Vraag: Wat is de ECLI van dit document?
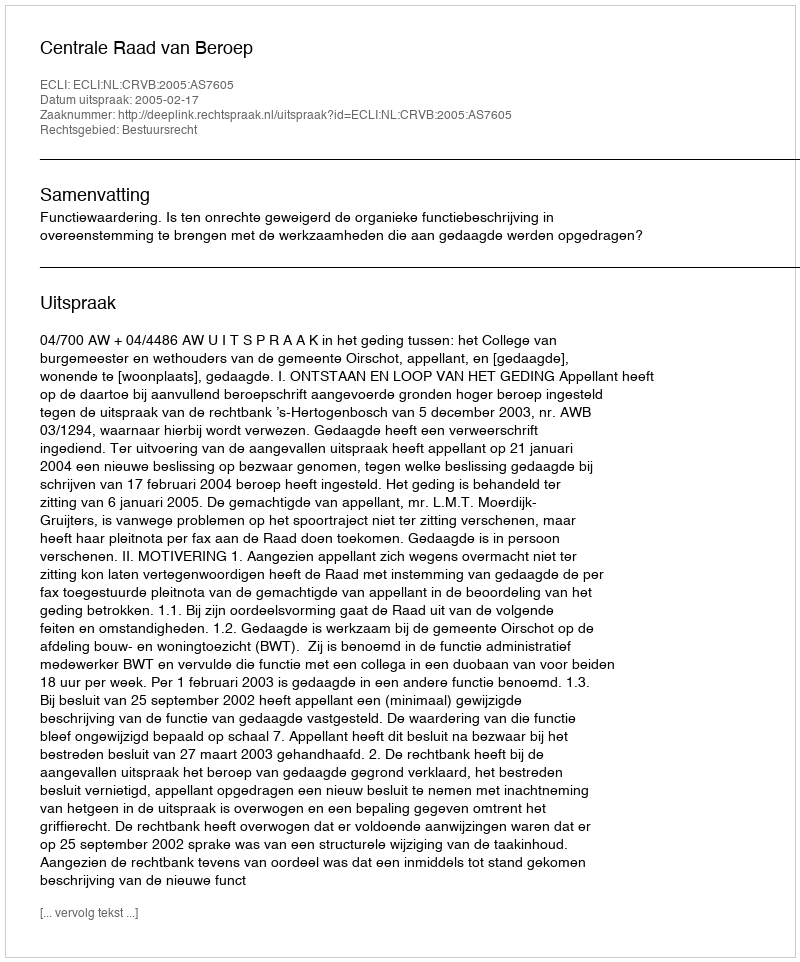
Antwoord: ECLI:NL:CRVB:2005:AS7605